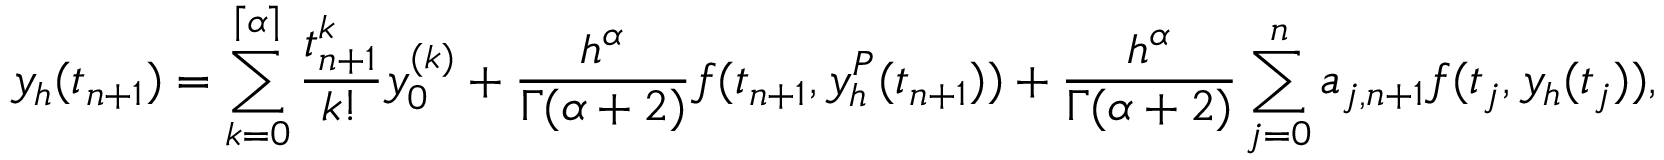
y _ { h } ( t _ { n + 1 } ) = \sum _ { k = 0 } ^ { \left\lceil { \alpha } \right\rceil } \frac { t _ { n + 1 } ^ { k } } { k ! } y _ { 0 } ^ { ( k ) } + \frac { h ^ { \alpha } } { \Gamma ( \alpha + 2 ) } f ( t _ { n + 1 } , y _ { h } ^ { P } ( t _ { n + 1 } ) ) + \frac { h ^ { \alpha } } { \Gamma ( \alpha + 2 ) } \sum _ { j = 0 } ^ { n } a _ { j , n + 1 } f ( t _ { j } , y _ { h } ( t _ { j } ) ) ,